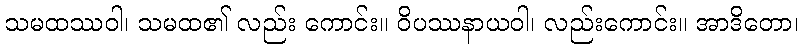
သမထဿဝါ၊ သမထ၏ လည်း ကောင်း။ ဝိပဿနာယဝါ၊ လည်းကောင်း။ အာဒိတော၊